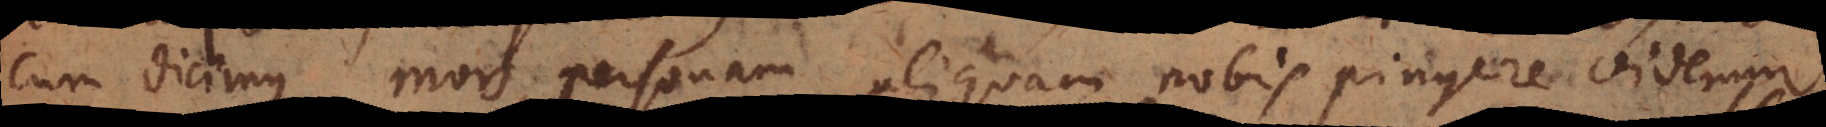
cum dicimus mors, personam aliquam nobis pingere videmur,